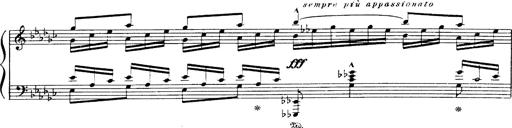
Title: Danza sacra e duetto finale dâ€™Aida
Composer: Franz Liszt